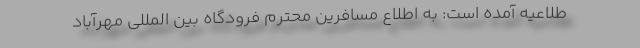
طلاعیه آمده است: به اطلاع مسافرین محترم فرودگاه بین المللی مهرآباد